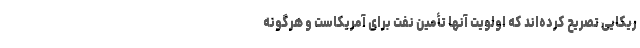
ریکایی تصریح کرده‌اند که اولویت آنها تأمین نفت برای آمریکاست و هرگونه